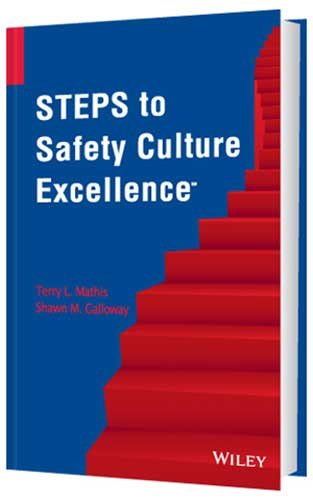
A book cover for Steps to Safety Culture Excellence; Terry L. Mathis; Business & Money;